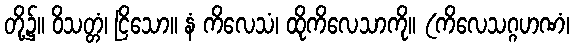
တို့၌။ ဝိသတ္တံ၊ ငြိသော။ နံ ကိလေသံ၊ ထိုကိလေသာကို။ (ကိလေသဂ္ဂဟဏံ၊